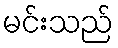
မင်းသည်